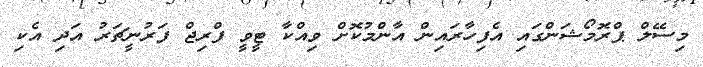
މިސޭލް ޕްރޮމޯޝަންގައި އެފިހާރައިން އާންމުކޮށް ވިއްކާ ޓީވީ ފްރިޖް ފަރުނީޗަރު އަދި އެކި